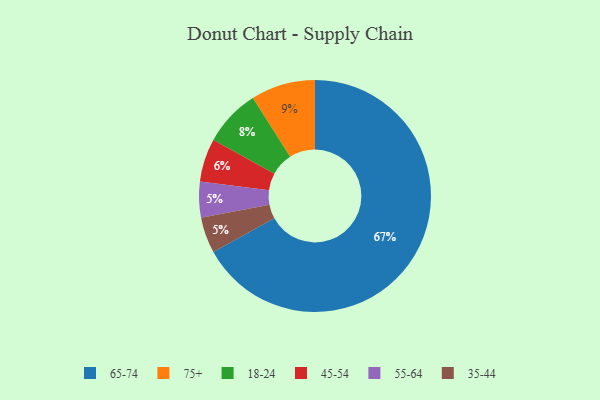
{"axis": {"x": "Category", "y": "Percentage"}, "legend": ["18-24", "35-44", "45-54", "55-64", "65-74", "75+"], "data": [{"x": "18-24", "y": 8, "type": "18-24"}, {"x": "75+", "y": 9, "type": "75+"}, {"x": "65-74", "y": 67, "type": "65-74"}, {"x": "55-64", "y": 5, "type": "55-64"}, {"x": "35-44", "y": 5, "type": "35-44"}, {"x": "45-54", "y": 6, "type": "45-54"}]}